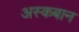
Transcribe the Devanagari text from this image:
अस्कबान